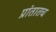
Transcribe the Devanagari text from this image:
प्रांतातच